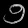
Digit: ၅